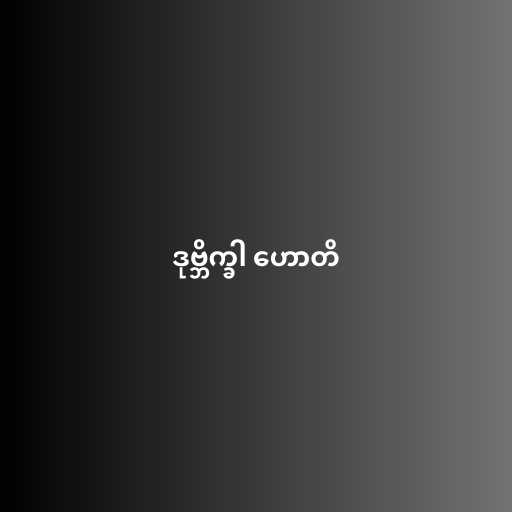
ဒုဗ္ဘိက္ခါ ဟောတိ